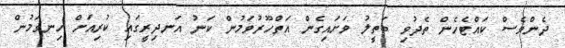
ދެންވެސް ކައްޓެހެން ތެދުވި ބަތީލު ވަށައިގެން އަތްހޫރުވަމުން ކަނު އަނދިރީގައި ކުރިއަށް ހިނގަމުން